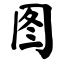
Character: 图